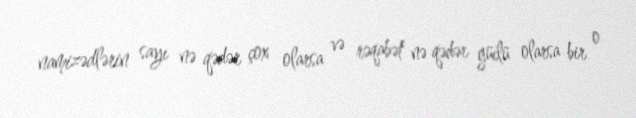
namizədlərin sayı nə qədər çox olarsa və rəqabət nə qədər güclü olarsa bir o